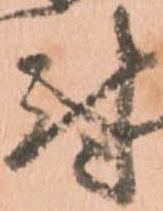
尉